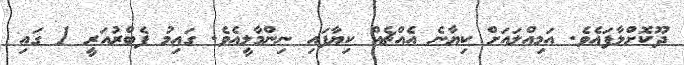
ދޫކޮށްލާފައެވެ. އަމިއްލައަށް ކިޔާނެ އެއްޗެއް ކިޔާފައި ނިންމާލީއެވެ. ގައިމު ފެބްރުއަރީ 1 ގައި